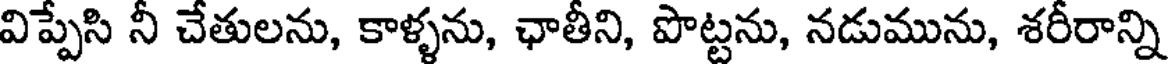
విప్పేసి నీ చేతులను, కాళ్ళను, ఛాతీని, పొట్టను, నడుమును, శరీరాన్ని